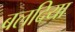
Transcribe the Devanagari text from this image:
बलदिया